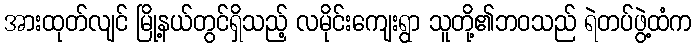
အားထုတ်လျင် မြို့နယ်တွင်ရှိသည့် လမိုင်းကျေးရွာ သူတို့၏ဘဝသည် ရဲတပ်ဖွဲ့ထံက